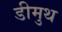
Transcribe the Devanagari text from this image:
डीमुथ